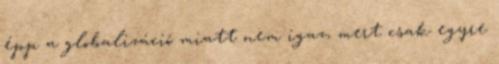
épp a globalizáció miatt nem igaz, mert csak egyre